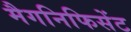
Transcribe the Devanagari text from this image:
मैगनिफिसेंट